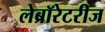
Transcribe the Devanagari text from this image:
लेब्रॉरेटरीज